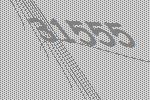
31555